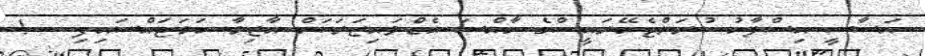
އަސާސީ އިސްލާހު ކުރަންޖެހޭރައީސްގެ ހާއްސަ އެޑްވައިޒަރަކަށް އާޒިމާ ހަމަޖައްސައިފި   !